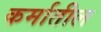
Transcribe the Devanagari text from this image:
कर्मातील